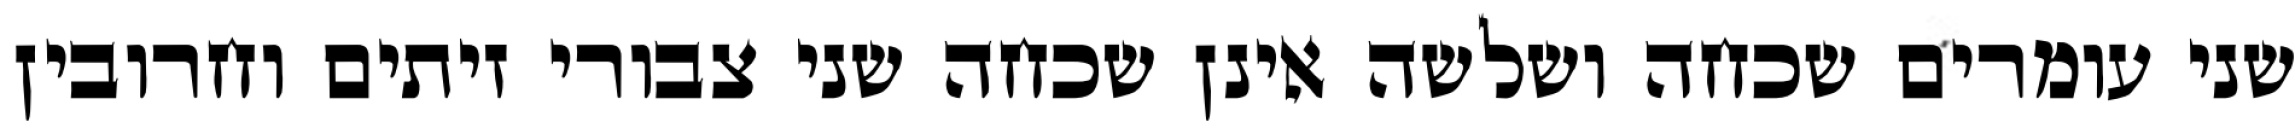
שני עומרים שכחה ושלשה אינן שכחה שני צבורי זיתים וחרובין